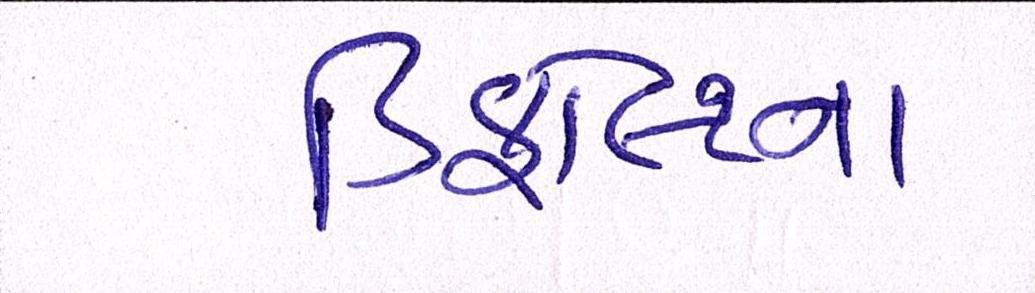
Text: ડિફોલ્ટના